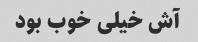
آش خیلی خوب بود